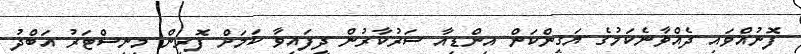
ފޮނުއްވައި ދެއްވާނެކަމުގެ ޔަގީންކަން އިންޑިއާ ސަރުކާރުން ދީފައިވާ ކަމަށް ފޮރިން މިނިސްޓަރު އަބްދު